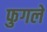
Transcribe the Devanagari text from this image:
फुगले